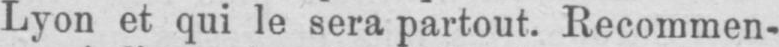
Lyon et qui le sera partout. Recommen-